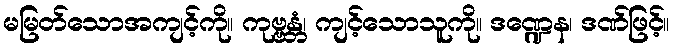
မမြတ်သောအကျင့်ကို။ ကုဗ္ဗန္တံ၊ ကျင့်သောသူကို။ ဒဏ္ဍေန၊ ဒဏ်ဖြင့်။